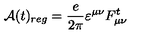
{ \mathcal A } ( t ) _ { r e g } = \frac { e } { 2 \pi } \varepsilon ^ { \mu \nu } F _ { \mu \nu } ^ { t }